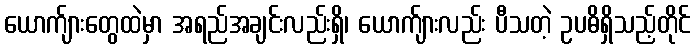
ယောက်ျားတွေထဲမှာ အရည်အချင်းလည်းရှိ၊ ယောက်ျားလည်း ပီသတဲ့ ဥပဓိရှိသည့်တိုင်